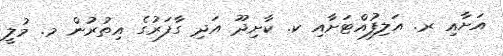
އަށާއި ރ. އަލިފުއްޓަށާއި ކ. ކާށިދޫ އަދި ގާފަރުގެ އިތުރުން މ. މުލީ